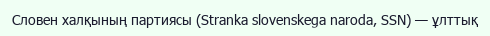
Словен халқының партиясы (Stranka slovenskega naroda, SSN) — ұлттық